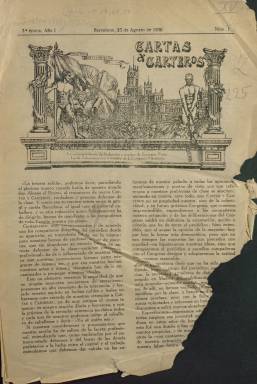
Título: Cartas & carteros
Otros títulos: Cartas y carteros
Colección: Oficios varios || Prensa sindical
Ámbito geográfico: Barcelona
Lugar de publicación: Madrid
Fechas: 23/08/1930-24/09/1934

Esta publicación profesional de los carteros españoles comenzó en 1918 y tuvo varias etapas. La BNE solo posee la tercera etapa, iniciada en agosto de 1930, cuando había ya desaparecido la dictadura de Primo de Rivera y se estaba a las puertas del advenimiento de la II República. El último número salió en vísperas de la llamada revolución de octubre de 1934, y hubo una cuarta etapa que llegó hasta los días de la Guerra Civil.

    Aunque de carácter profesional, la publicación tenía un sesgo de izquierdas que explica su desaparición y aparición a resultas de los vaivenes de la censura y de los Gobiernos de turno. Al comienzo de la tercera etapa, la que posee la BNE, comenzó a editarse en Barcelona pero un año después, ya implantada la República, volvió a editarse en Madrid, lugar originario de la publicación. De hecho, puede verse en el grabado de cabecera una ilustración del Palacio de Correos y Comunicaciones de la plaza de Cibeles, hoy en día sede de la Alcaldía de Madrid.

    Ya en el primer número de la publicación, que tenía una periodicidad quincenal, se dejaba claro su ideario marxista: ‘Como explotados por el patrono-estado debemos ir del brazo de los demás proletarios a la lucha entre el capital y el trabajo’.

  En la publicación colaboraban carteros de toda España enviando noticias o artículos. Además de su carácter reivindicativo, el periódico informaba de la legislación y normativa que les afectaba profesionalmente, así como de la situación laboral del personal: ascensos, excedencias, bajas, jubilaciones, traslados, etc. La paginación era variada pero con una media de 12 páginas, aunque podía llegar a 20 e incluso a más en algún número.

  A partir de julio de 1931 y coincidiendo con la vuelta a Madrid, la publicación lleva por subtítulo el de órgano del sindicato nacional de carteros, que cambiará poco después por el de órgano del proletariado postal.

   El periódico había acogido con entusiasmo la República, pero ya en marzo de 1932 el sindicato de carteros urbanos, presidido por Miguel Caballero, que también era director del periódico, publicó un manifiesto dirigido al ‘Gobierno, Las Cortes y al Pueblo’ del que se hizo gran eco la prensa generalista con el significativo título: ‘Una burla más’. En el se quejaban de que las promesas de que en el Presupuesto se mejoraría el salario de todos los carteros no eran ciertas.

 En el número de 10 de diciembre de 1933, la publicación abrió su portada con el título: ‘A la izquierda. Siempre a la izquierda’. Era su respuesta al resultado de las elecciones que habían dado el triunfo a los partidos de centro y derecha. A partir de entonces su posición con el Gobierno, que había sido también crítica con el anterior, se endureció y aumentó el nivel de sus reivindicaciones.

  Curiosamente, el 15 de agosto de 1934, poco antes de que concluyera su tercera etapa, publicó en su última página un facsímil de su primer número de 1918, en la que podemos ver que ya era director del periódico Miguel Caballero y que su subtítulo en estos sus inicios era el de órgano defensor de los carteros y peatones de España.

[Descripción publicada el 17/08/2022]